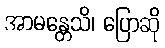
အာမန္တေသိ၊ ပြောဆို